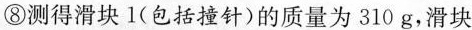
⑧测得滑块1(包括撞针)的质量为310g，滑块